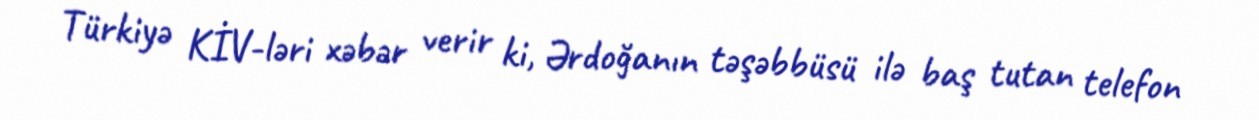
Türkiyə KİV-ləri xəbər verir ki, Ərdoğanın təşəbbüsü ilə baş tutan telefon